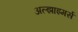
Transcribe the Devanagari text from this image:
अल्झाइमर्स